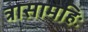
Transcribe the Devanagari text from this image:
त्रासामहिः